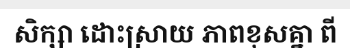
សិក្សា ដោះស្រាយ ភាពខុសគ្នា ពី